Indian journal of veterinary science and animal husbandry - Volume 11,
Year: 1941
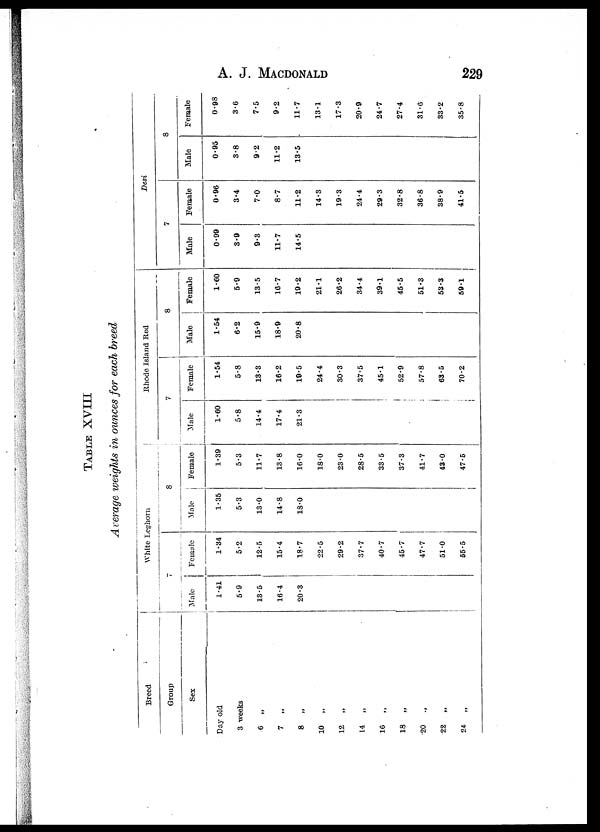
A. J.
MACDONALD
229
TABLE XVIII
Average weights in ounces for each breed
Breed
Group
Sex
Day old
3 weeks
6
„
7
„
8
„
10
„
12
„
14
„
16
„
18
„
20
„
22
„
24 „
White Leghorn
7
Male
1.41
5.9
13.5
16.4
20.3
Female
1.34
5.2
12.5
15.4
18.7
22.5
29.2
37.7
40.7
45.7
47.7
51.0
55.5
8
Male
1.35
5.3
13.0
14.8
18.0
Female
1.39
5.3
11.7
13.8
16.0
18.0
23.0
28.5
33.5
37.3
41.7
43.0
47.5
Rhode Island Red
7
Male
1.60
5.8
14.4
17.4
21.3
Female
1.54
5.8
13.3
16.2
19.5
24.4
30.3
37.5
45.1
52.9
57.8
63.5
70.2
8
Male
1.54
6.2
15.9
18.9
20.8
Female
1.60
5.9
13.5
16.7
19.2
21.1
26.2
34.4
39.1
45.5
51.3
53.3
59.1
Desi
7
Male
0.99
3.9
9.3
11.7
14.5
Female
0.96
3.4
7.0
8.7
11.2
14.3
19.3
24.4
29.3
32.8
36.8
38.9
41.5
8
Male
0.95
3.8
9.2
11.2
13.5
Female
0.98
3.6
7.5
9.2
11.7
13.1
17.3
20.9
24.7
27.4
31.6
33.2
35.8